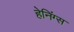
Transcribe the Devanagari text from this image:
हेनिंग्स